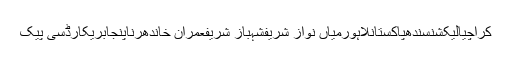
کراچیالیکشنسندھپاکستانلاہورمیاں نواز شریفشہباز شریفعمران خاندھرناپنجابریکارڈسی پیک